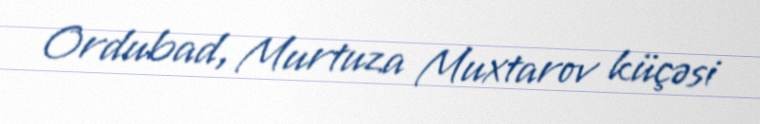
Ordubad, Murtuza Muxtarov küçəsi